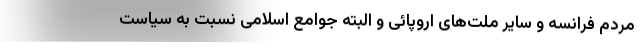
مردم فرانسه و سایر ملت‌های اروپائی و البته جوامع اسلامی نسبت به سیاست